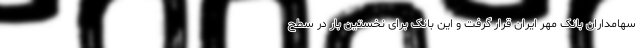
سهامداران بانک مهر ایران قرار گرفت و این بانک برای نخستین بار در سطح